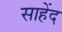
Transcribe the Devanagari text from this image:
साहेंद